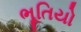
ભૂતિયો